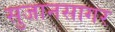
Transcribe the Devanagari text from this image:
सुजानसागर